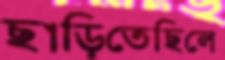
ছাড়িতেছিলে